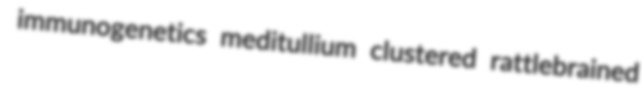
immunogenetics meditullium clustered rattlebrained